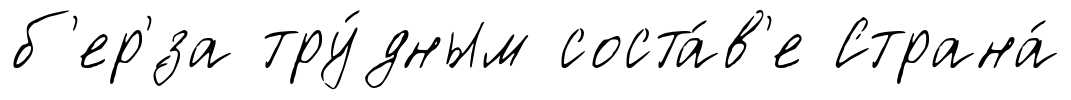
б'ер'́за тру́дным соста́в'е Страна́